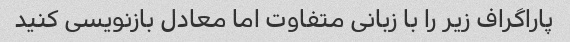
پاراگراف زیر را با زبانی متفاوت اما معادل بازنویسی کنید